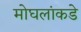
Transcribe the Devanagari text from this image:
मोघलांकडे